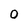
Character: 0